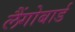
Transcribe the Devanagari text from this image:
लैंगोबार्ड